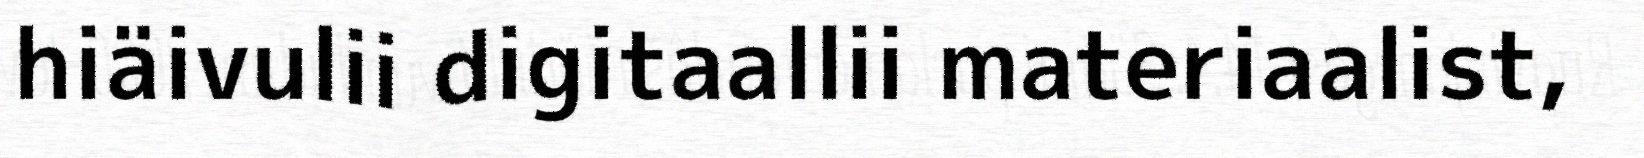
hiäivulii digitaallii materiaalist,